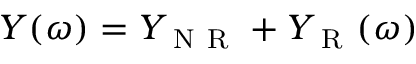
\begin{array} { r } { Y ( \omega ) = Y _ { \mathrm { ~ N ~ R ~ } } + Y _ { \mathrm { ~ R ~ } } ( \omega ) } \end{array}